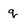
Character: q